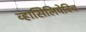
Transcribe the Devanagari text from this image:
व्हासिलियेविच